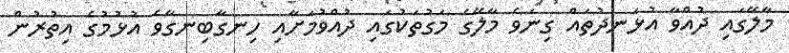
މާލޭގައި ދުއްވާ އުޅަނދުތައް ގިނަވެ މާލޭގެ މަގުތަކުގައި ދުއްވުމަށާއި ހިނގާބިނގާވެ އުޅުމުގެ އިތުރުން